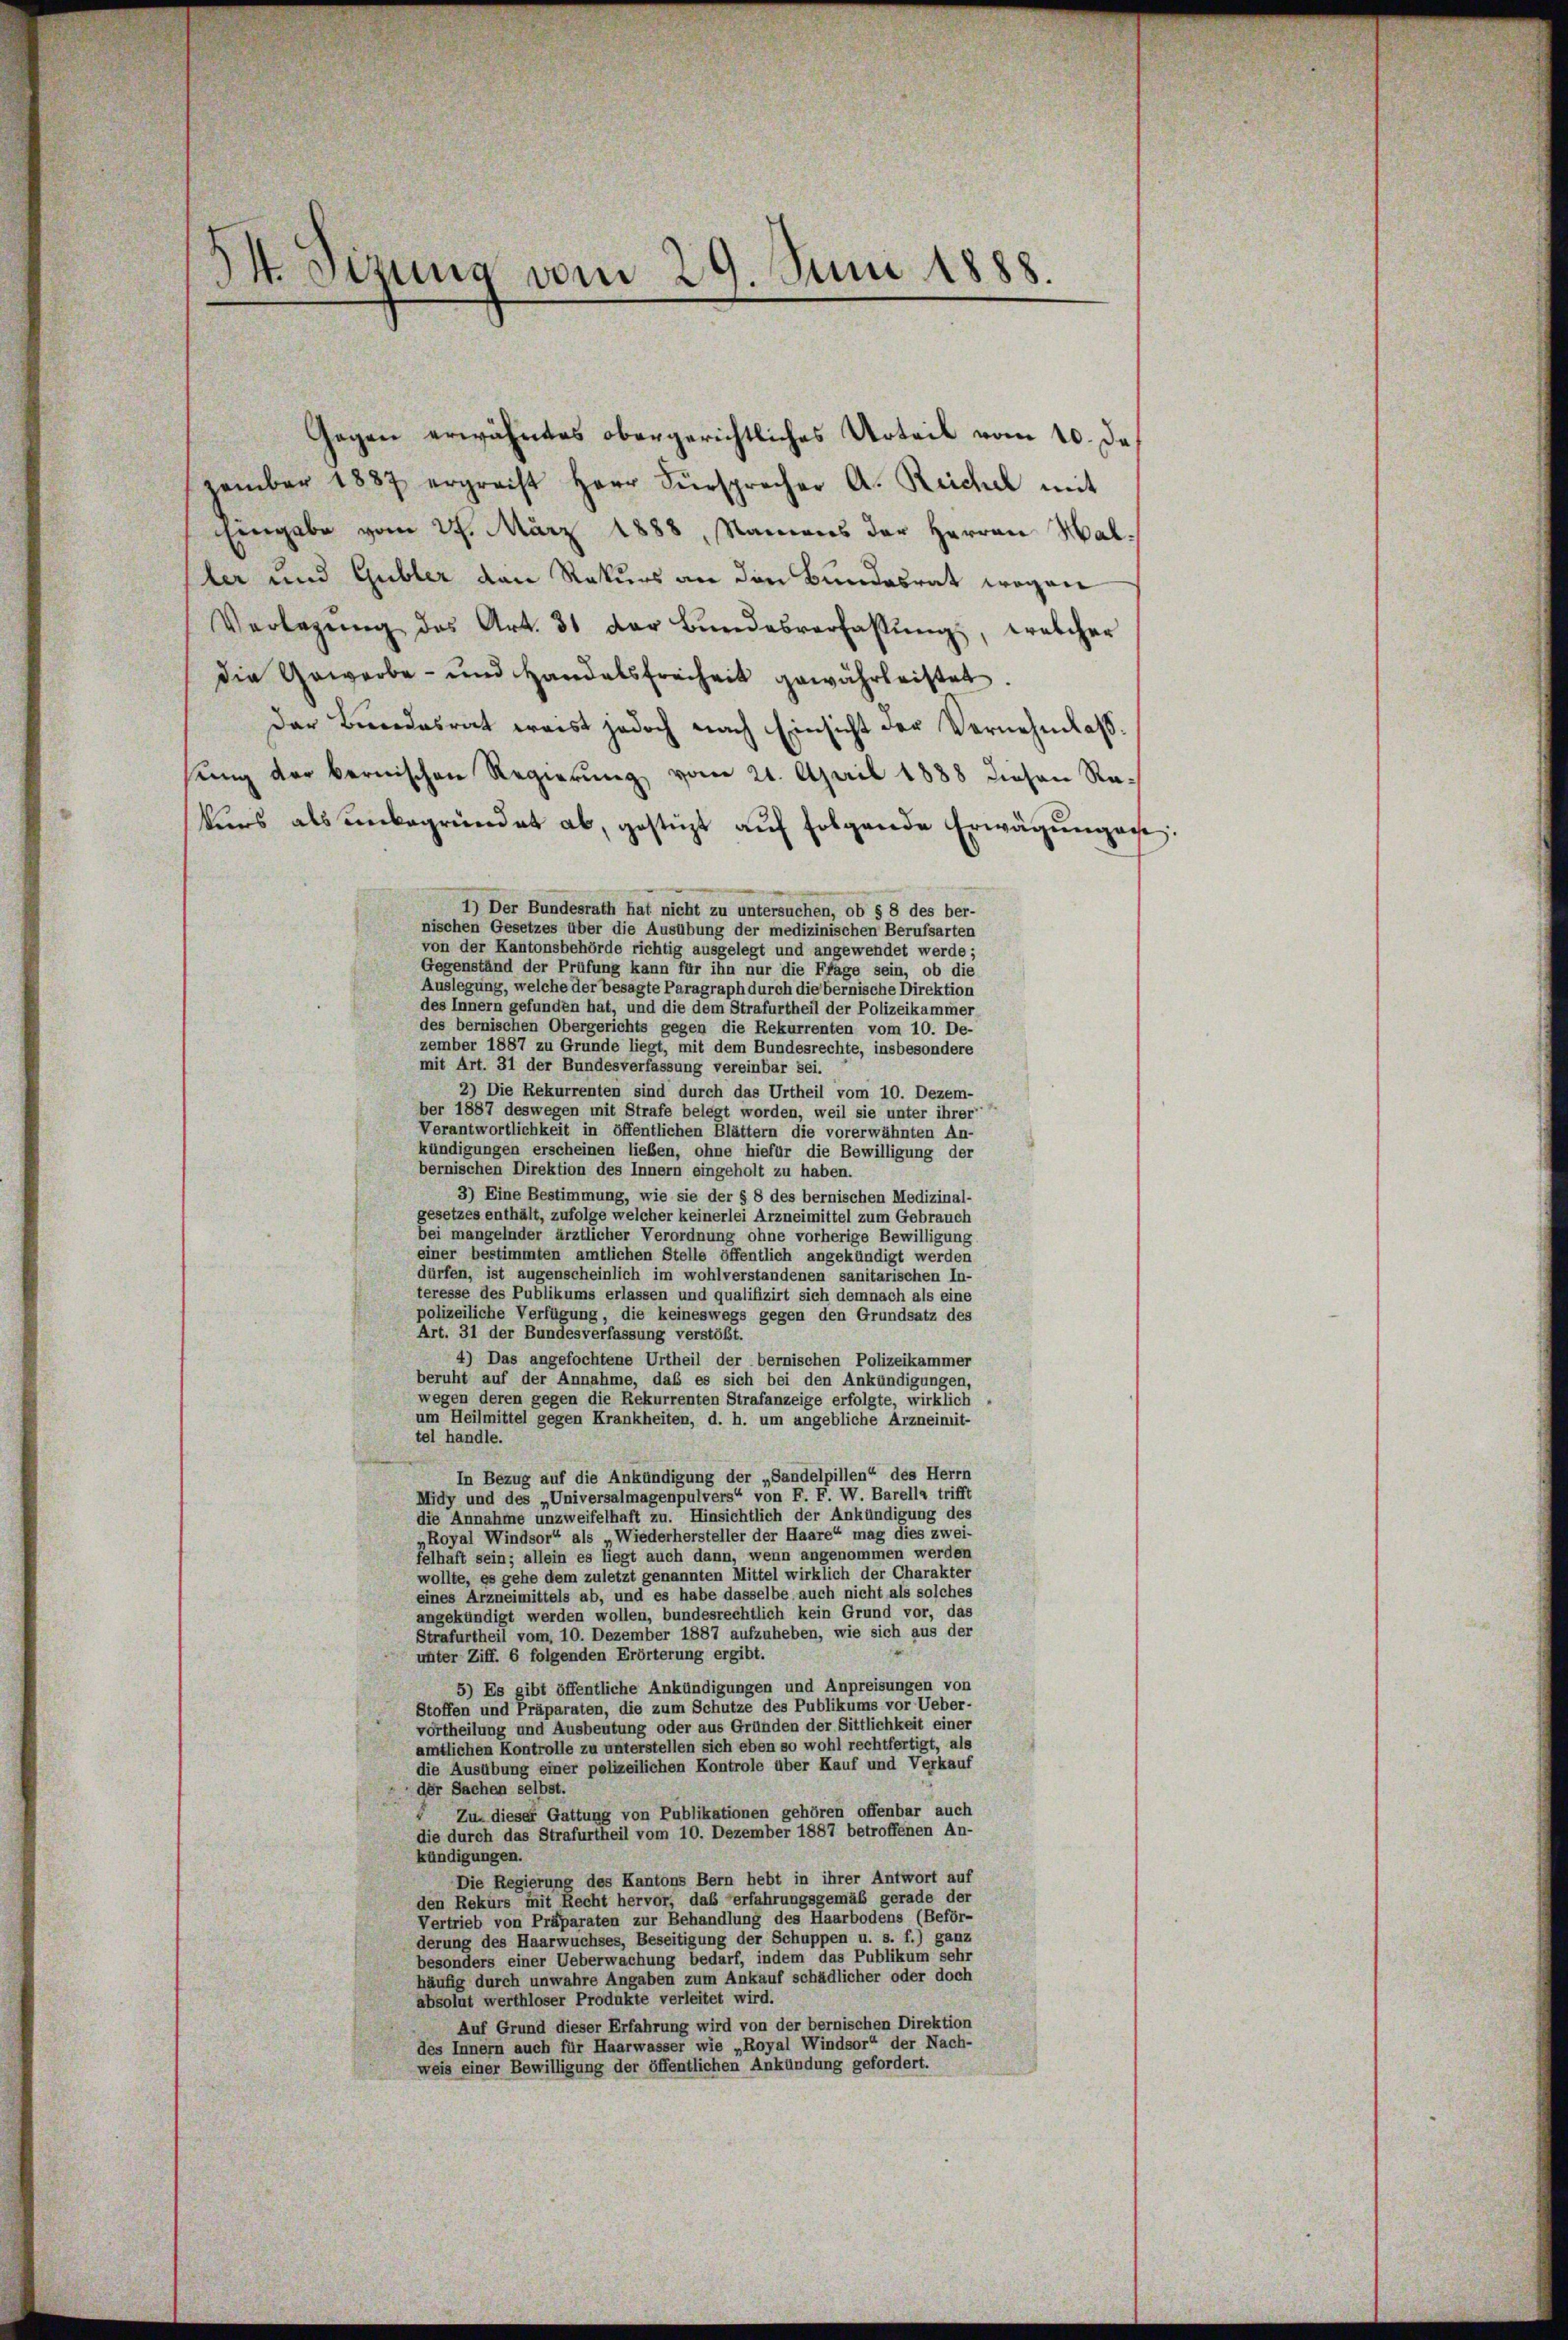
54. Sizung vom 29. Juni 1888.

Gegen erwähntes obergerichtliches Urteil vom 10. De
zember 1887 ergrecht Herr Fürsprecher A. Reichel mit
ingabe vom 27. März 1888, Namens der Herren Haller und Gubler den Rekurs an den Bundesrat wegen
Verlegŭng des Art. 31 der Bŭndesverfalŭng, welcher
die Urworbe- und Handelsfreiheit gewährleistet.
der Bundesrat weist jedoch nach Einsicht der Vernehmlass
eine der bernischen Regierung vom 21. April 1888 diesen Rakers als unbegründet ab, gestüzt auf folgende Erwägung aus:
1) Der Bundesrath hat nicht zu untersuchen, ob § 8 des ber-
nischen Gesetzes über die Ausübung der medizinischen Berufsarten
von der Kantonsbehörde richtig ausgelegt und angewendet werde;
Gegenständ der Prüfung kann für ihn nur die Ffage sein, ob die
Auslegung, welche der besagte Paragraph durch die bernische Direktion
des Innern gefunden hat, und die dem Strafurtheil der Polizeikammer
des bernischen Obergerichts gegen die Rekurrenten vom 10. De-
zember 1887 zu Grunde liegt, mit dem Bundesrechte, insbesondere
mit Art. 31 der Bundesverfassung vereinbar sei.
2) Die Rekurrenten sind durch das Urtheil vom 10. Dezem-
ber 1887 deswegen mit Strafe belegt worden, weil sie unter ihrer
Verantwortlichkeit in öffentlichen Blättern die vorerwähnten An-
kündigungen erscheinen lieben, ohne hiefür die Bewilligung der
bernischen Direktion des Innern eingeholt zu haben.
3) Eine Bestimmung, wie sie der § 8 des bernischen Medizinal-
gesetzes enthält, zufolge welcher keinerlei Arzneimittel zum Gebrauch
bei mangelnder ärztlicher Verordnung ohne vorherige Bewilligung
einer bestimmten amtlichen Stelle öffentlich angekündigt werden
dürfen, ist augenscheinlich im wohlverstandenen sanitarischen In-
teresse des Publikums erlassen und qualifizirt sich demnach als eine
polizeiliche Verfügung, die keineswegs gegen den Grundsatz des
Art. 31 der Bundesverfassung verstößt.
4) Das angefochtene Urtheil der bernischen Polizeikammer
beruht auf der Annahme, daß es sich bei den Ankündigungen,
wegen deren gegen die Rekurrenten Strafanzeige erfolgte, wirklich
um Heilmittel gegen Krankheiten, d. h. um angebliche Arzneimit-
tel handle.
In Bezug auf die Ankündigung der „Sandelpillen“ des Herrn
Midy und des „Universalmagenpulvers“ von F. F. W. Barella trifft
die Annahme unzweifelhaft zu. Hinsichtlich der Ankündigung des
„Royal Windsor“ als Wiederhersteller der Haare“ mag dies zwei-
felhaft sein; allein es liegt auch dann, wenn angenommen werden
wollte, es gehe dem zuletzt genannten Mittel wirklich der Charakter
eines Arzneimittels ab, und es habe dasselbe auch nicht als solches
angekündigt werden wollen, bundesrechtlich kein Grund vor, das
Strafurtheil vom 10. Dezember 1887 aufzuheben, wie sich aus der
unter Ziff. 6 folgenden Erörterung ergibt.
5) Es gibt öffentliche Ankündigungen und Anpreisungen von
Stoffen und Präparaten, die zum Schutze des Publikums vor Ueber-
vortheilung und Ausbeutung oder aus Gründen der Sittlichkeit einer
amtlichen Kontrolle zu unterstellen sich eben so wohl rechtfertigt, als
die Ausübung einer polizeilichen Kontrole über Kauf und Verkauf
der Sachen selbst.
 Zu dieser Gattung von Publikationen gehören offenbar auch
die durch das Strafurtheil vom 10. Dezember 1887 betroffenen An-
kündigungen.
Die Regierung des Kantons Bern hebt in ihrer Antwort auf
den Rekurs mit Recht hervor, das erfahrungsgemäß gerade der
Vertrieb von Präparaten zur Behandlung des Haarbodens (Beför-
derung des Haarwuchses, Beseitigung der Schuppen u. s. f.) ganz
besonders einer Ueberwachung bedarf, indem das Publikum sehr
häufig durch unwahre Angaben zum Ankauf schädlicher oder doch
absolut werthloser Produkte verleitet wird.
Auf Grund dieser Erfahrung wird von der bernischen Direktion
des Innern auch für Haarwasser wie „Royal Windsor“ der Nach-
weis einer Bewilligung der öffentlichen Ankündung gefordert.